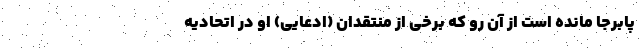
پابرجا مانده است از آن‌ رو که برخی از منتقدان (ادعایی) او در اتحادیه